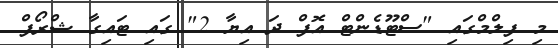
މި ފިލްމްގައި "ސްޓޫޑެންޓް އޮފް ދަ އިޔާ 2" ގައި ޓައިގާ ޝްރޯފް